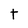
Character: t